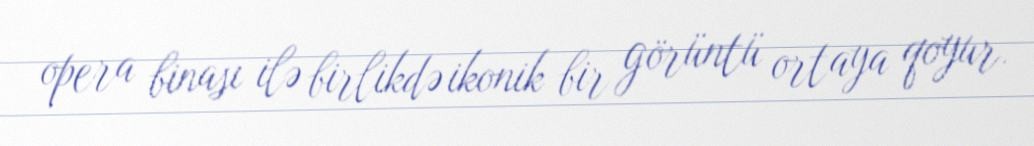
opera binası ilə birlikdə ikonik bir görüntü ortaya qoyur.